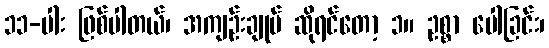
၁၁-ပါး ဖြစ်ပါတယ်၊ အကျဉ်းချုပ် ဆိုရင်တော့ ၁။ ဥစ္စာ ပေါခြင်း၊